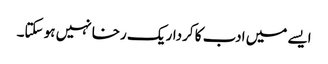
ایسے میں ادب کا کردار یک رخا نہیں ہو سکتا۔